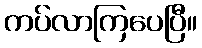
ကပ်လာကြပေပြီ။